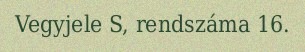
Vegyjele S, rendszáma 16.